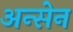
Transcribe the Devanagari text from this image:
अन्सेन